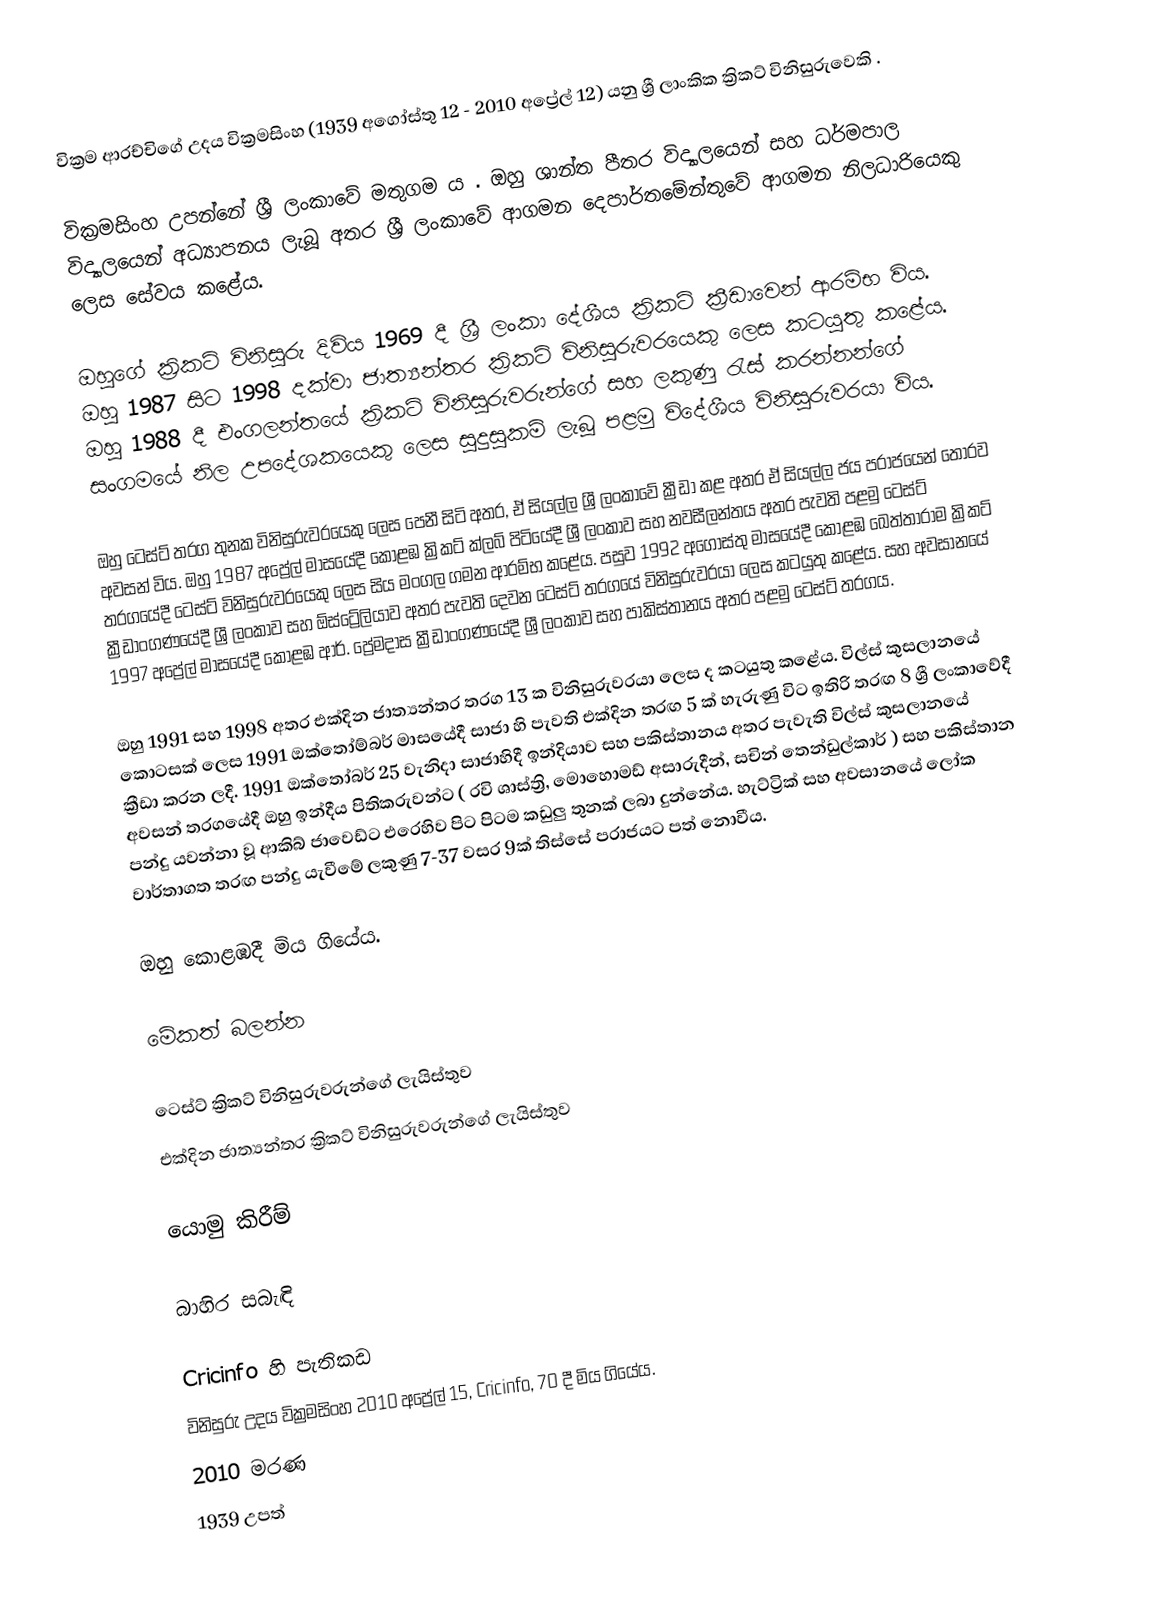
වික්‍රම ආරච්චිගේ උදය වික්‍රමසිංහ (1939 අගෝස්තු 12 - 2010 අප්‍රේල් 12) යනු ශ්‍රී ලාංකික ක්‍රිකට් විනිසුරුවෙකි .

වික්‍රමසිංහ උපන්නේ ශ්‍රී ලංකාවේ මතුගම ය . ඔහු ශාන්ත පීතර විද්‍යාලයෙන් සහ ධර්මපාල විද්‍යාලයෙන් අධ්‍යාපනය ලැබූ අතර ශ්‍රී ලංකාවේ ආගමන දෙපාර්තමේන්තුවේ ආගමන නිලධාරියෙකු ලෙස සේවය කළේය.

ඔහුගේ ක්‍රිකට් විනිසුරු දිවිය 1969 දී ශ්‍රී ලංකා දේශීය ක්‍රිකට් ක්‍රීඩාවෙන් ආරම්භ විය. ඔහු 1987 සිට 1998 දක්වා ජාත්‍යන්තර ක්‍රිකට් විනිසුරුවරයෙකු ලෙස කටයුතු කළේය. ඔහු 1988 දී එංගලන්තයේ ක්‍රිකට් විනිසුරුවරුන්ගේ සහ ලකුණු රැස් කරන්නන්ගේ සංගමයේ නිල උපදේශකයෙකු ලෙස සුදුසුකම් ලැබූ පළමු විදේශීය විනිසුරුවරයා විය.

ඔහු ටෙස්ට් තරග තුනක විනිසුරුවරයෙකු ලෙස පෙනී සිටි අතර, ඒ සියල්ල ශ්‍රී ලංකාවේ ක්‍රීඩා කළ අතර ඒ සියල්ල ජය පරාජයෙන් තොරව අවසන් විය. ඔහු 1987 අප්‍රේල් මාසයේදී කොළඹ ක්‍රිකට් ක්ලබ් පිටියේදී ශ්‍රී ලංකාව සහ නවසීලන්තය අතර පැවති පළමු ටෙස්ට් තරගයේදී ටෙස්ට් විනිසුරුවරයෙකු ලෙස සිය මංගල ගමන ආරම්භ කළේය.  පසුව 1992 අගෝස්තු මාසයේදී කොළඹ ඛෙත්තාරාම ක්‍රිකට් ක්‍රීඩාංගණයේදී ශ්‍රී ලංකාව සහ ඕස්ට්‍රේලියාව අතර පැවති දෙවන ටෙස්ට් තරගයේ විනිසුරුවරයා ලෙස කටයුතු කළේය.  සහ අවසානයේ 1997 අප්‍රේල් මාසයේදී කොළඹ ආර්. ප්‍රේමදාස ක්‍රීඩාංගණයේදී ශ්‍රී ලංකාව සහ පාකිස්තානය අතර පළමු ටෙස්ට් තරගය.

ඔහු 1991 සහ 1998 අතර එක්දින ජාත්‍යන්තර තරග 13 ක විනිසුරුවරයා ලෙස ද කටයුතු කළේය. විල්ස් කුසලානයේ කොටසක් ලෙස 1991 ඔක්තෝම්බර් මාසයේදී සාජා හි පැවති එක්දින තරඟ 5 ක් හැරුණු විට ඉතිරි තරඟ 8 ශ්‍රී ලංකාවේදී ක්‍රීඩා කරන ලදී. 1991 ඔක්‌තෝබර් 25 වැනිදා සාජාහිදී ඉන්දියාව සහ පකිස්‌තානය අතර පැවැති විල්ස්‌ කුසලානයේ අවසන් තරගයේදී ඔහු ඉන්දීය පිතිකරුවන්ට ( රවි ශාස්ත්‍රි, මොහොමඩ් අසාරුදීන්, සචින් තෙන්ඩුල්කාර් ) සහ පකිස්‌තාන පන්දු යවන්නා වූ ආකිබ් ජාවෙඩ්ට එරෙහිව පිට පිටම කඩුලු තුනක්‌ ලබා දුන්නේය. හැට්ට්‍රික් සහ අවසානයේ ලෝක වාර්තාගත තරඟ පන්දු යැවීමේ ලකුණු 7-37 වසර 9ක් තිස්සේ පරාජයට පත් නොවීය.

ඔහු කොළඹදී මිය ගියේය.

මේකත් බලන්න

 ටෙස්ට් ක්‍රිකට් විනිසුරුවරුන්ගේ ලැයිස්තුව
 එක්දින ජාත්‍යන්තර ක්‍රිකට් විනිසුරුවරුන්ගේ ලැයිස්තුව

යොමු කිරීම්

බාහිර සබැඳි

 Cricinfo හි පැතිකඩ
 විනිසුරු උදය වික්‍රමසිංහ 2010 අප්‍රේල් 15, Cricinfo, 70 දී මිය ගියේය.
2010 මරණ
1939 උපත්